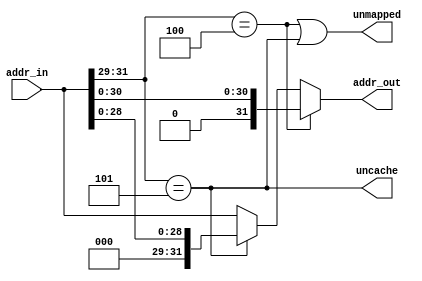

module addr_map( 
    input   [31:0] addr_in,
    output  [31:0] addr_out,
    output  unmapped,
    output  uncache
);
    wire    useg;
    wire    kseg0;
    wire    kseg1;
    wire    ksseg;
    wire    kseg3;

    assign  useg = (addr_in[31] == 0);
    assign  kseg0 = (addr_in[31:29] == 3'b100);
    assign  kseg1 = (addr_in[31:29] == 3'b101);
    assign  ksseg = (addr_in[31:29] == 3'b110);
    assign  kseg3 = (addr_in[31:29] == 3'b111);
    assign  unmapped = kseg0 | kseg1;
    assign  uncache = kseg1;
    assign  addr_out = kseg0 ? {1'b0, addr_in[30:0]} :
                        kseg1 ? {3'b000, addr_in[28:0]} : addr_in;
endmodule